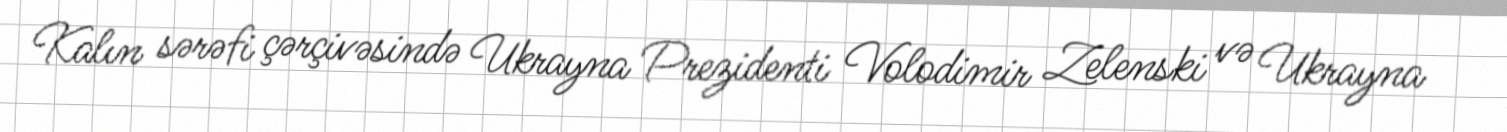
Kalın sərəfi çərçivəsində Ukrayna Prezidenti Volodimir Zelenski və Ukrayna